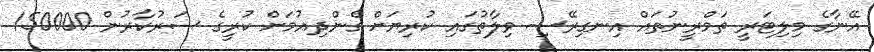
އޭނާގެ މިލިޓަރީ ތަމްރީނުތައް އިނގިރޭސި ވިލާތުގައި ކުރިޔަށް ގެންދިއުމަށް ކުރީގެ ސަރުކާރުން 150000